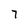
Character: 7